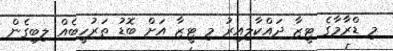
މި ޑްރާމާގެ ޓީޒާ ދައްކާލިއިރު މި ޓީޒާ އަށް ބޮޑު ތަރުހީބެއް ލިބިގެން